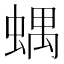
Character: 𧍪